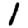
Digit: 1